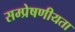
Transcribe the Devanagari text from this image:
सम्प्रेषणीयता